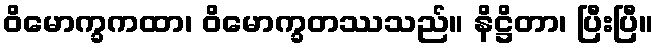
ဝိမောက္ခကထာ၊ ဝိမောက္ခတဿသည်။ နိဋ္ဌိတာ၊ ပြီးပြီ။